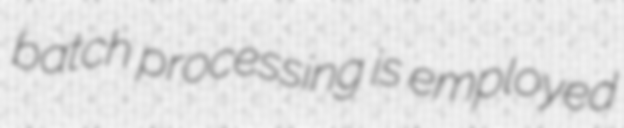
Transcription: batch processing is employed